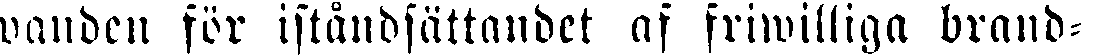
wanden för iståndsättandet af friwilliga brand-